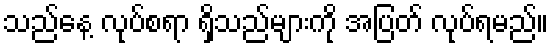
သည်နေ့ လုပ်စရာ ရှိသည်များကို အပြတ် လုပ်ရမည်။